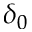
\delta _ { 0 }